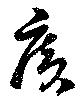
広